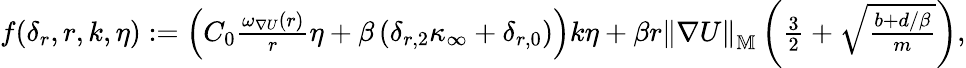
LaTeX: \begin{array}{r}{f(\delta_{r},r,k,\eta):=\left(C_{0}\frac{\omega_{\nabla U}(r)}{r}\eta+\beta\left(\delta_{r,2}\kappa_{\infty}+\delta_{r,0}\right)\right)k\eta+\beta r\left\| \nabla U\right\| _{\mathbb{M}}\left(\frac{3}{2}+\sqrt{\frac{b+d/\beta}{m}}\right),}\end{array}